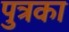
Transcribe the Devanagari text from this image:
पुत्रका